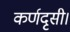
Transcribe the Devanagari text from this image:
कर्णदृसी।